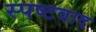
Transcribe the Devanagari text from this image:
स्पष्टवाद